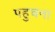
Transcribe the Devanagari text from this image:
पहुचना